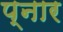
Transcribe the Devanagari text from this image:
प्नार